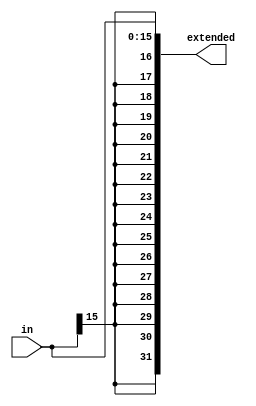
`timescale 1ns / 1ps
//////////////////////////////////////////////////////////////////////////////////
// Company: 
// Engineer: 
// 
// Design Name: 
// Module Name:    signex_param 
// Project Name: 
// Target Devices: 
// Tool versions: 
// Description: 
//
// Dependencies: 
//
// Revision: 
// Revision 0.01 - File Created
// Additional Comments: 
//
//////////////////////////////////////////////////////////////////////////////////
module signex_param
	# (parameter EXTSIZE = 32,
		parameter CURSIZE = 16,
		parameter MODE = 0)
	(output [EXTSIZE-1:0] extended,
    input [CURSIZE-1:0] in
    );
	 
	 // MODE = 0 signed
	 // MODE = 1 unsigned
	 localparam SIGN = 0, UNSIGN = 1;
	 
	 generate 
		if(MODE == SIGN) begin :signed_ext
			assign extended[EXTSIZE-1:0] = { {(EXTSIZE-CURSIZE){in[CURSIZE-1]}}, in[CURSIZE-1:0]};
	 	end
	 endgenerate

	 generate 
		if(MODE == UNSIGN) begin :unsigned_ext
			assign extended[EXTSIZE-1:0] = { {(EXTSIZE-CURSIZE){1'b0}}, in[CURSIZE-1:0]};
	 	end
	 endgenerate

endmodule